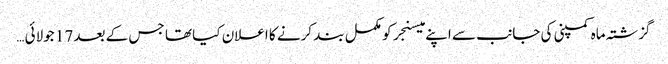
گزشتہ ماہ کمپنی کی جانب سے اپنے میسنجر کو مکمل بند کرنے کا اعلان کیا تھا جس کے بعد 17 جولائی …